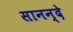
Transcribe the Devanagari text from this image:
सानन्दे